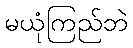
မယုံကြည်ဘဲ